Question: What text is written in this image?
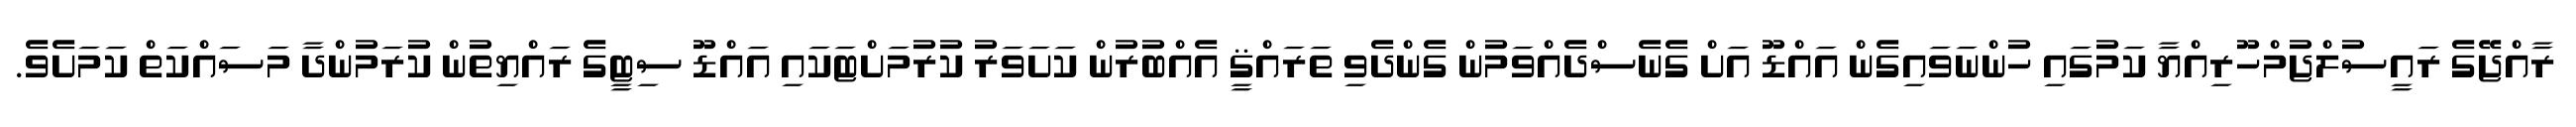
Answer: ރާއްޖޭގެ ރައީސުލްޖުމްހޫރިއްޔާ ކަމުގައި ހުންނަވައިގެން އައްޑޫ އަށް ގެނެސްދެއްވަމުން ގެންދެވި ތަރައްޤީ އެއްބުރުން ކަށަވަރު ކުރުމަށްޓަކައި އައްޑޫ ސިޓީގެ ރައްޔިތުން ކުރަމުންދާ މަސައްކަތް ކަމަށެވެ.